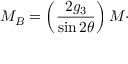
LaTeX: M _ { B } = \left( \frac { 2 g _ { 3 } } { \sin 2 \theta } \right) M \cdot